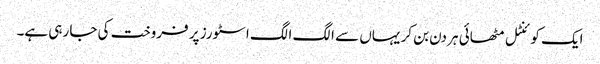
ایک کوئنٹل مٹھائی ہر دن بن کر یہاں سے الگ الگ اسٹورز پر فروخت کی جا رہی ہے۔